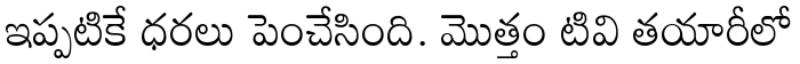
ఇప్పటికే ధరలు పెంచేసింది. మొత్తం టివి తయారీలో